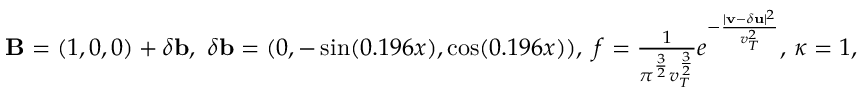
\begin{array} { r l } & { { \mathbf B } = ( 1 , 0 , 0 ) + \delta { \mathbf b } , \ \delta { \mathbf b } = ( 0 , - \sin ( 0 . 1 9 6 x ) , \cos ( 0 . 1 9 6 x ) ) , \ f = \frac { 1 } { \pi ^ { \frac { 3 } { 2 } } v _ { T } ^ { \frac { 3 } { 2 } } } e ^ { - \frac { | { \mathbf v } - \delta { \mathbf u } | ^ { 2 } } { v _ { T } ^ { 2 } } } , \, \kappa = 1 , } \end{array}